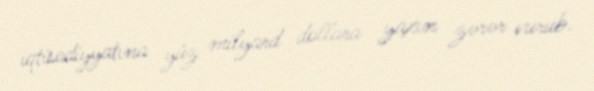
iqtisadiyyatına yüz milyard dollara yaxın zərər vurub.